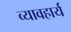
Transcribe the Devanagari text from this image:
व्यावहार्य